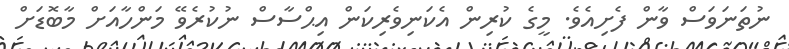
ނުތަނަވަސް ވާން ފެށިއެވެ. މީގެ ކުރިން އެކަނިވެރިކަން އިޙްސާސް ނުކުރެވޭ މަންހާއަށް މާބޮޑަށް